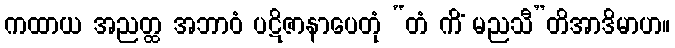
ကထာယ အညတ္ထ အဘာဝံ ပဋိဇာနာပေတုံ “တံ ကိံ မညသီ”တိအာဒိမာဟ။